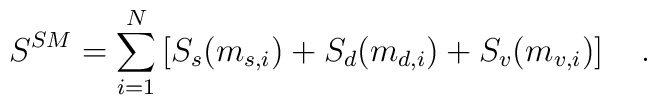
S^{SM}=\sum_{i=1}^N\left[S_s(m_{s,i})+S_d(m_{d,i})+S_v(m_{v,i})\right]~~~.